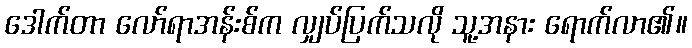
ဒေါက်တာ လော်ရာအန်းစ်က လျှပ်ပြက်သလို သူ့အနား ရောက်လာ၏။